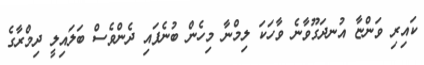
ކައިރި ވަންޏާ އުނދަގޫވާނެ ވާހަކަ ލިމްނާ މިހެން ބުނެފައި ދެންވެސް ބަލައިލީ ދިމްރާގެ